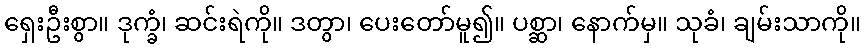
ရှေးဦးစွာ။ ဒုက္ခံ၊ ဆင်းရဲကို။ ဒတွာ၊ ပေးတော်မူ၍။ ပစ္ဆာ၊ နောက်မှ။ သုခံ၊ ချမ်းသာကို။